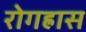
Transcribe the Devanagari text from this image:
रोगह्रास